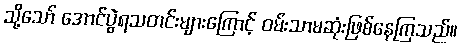
သို့သော် အောင်ပွဲရသတင်းများကြောင့် ဝမ်းသာမဆုံးဖြစ်နေကြသည်။